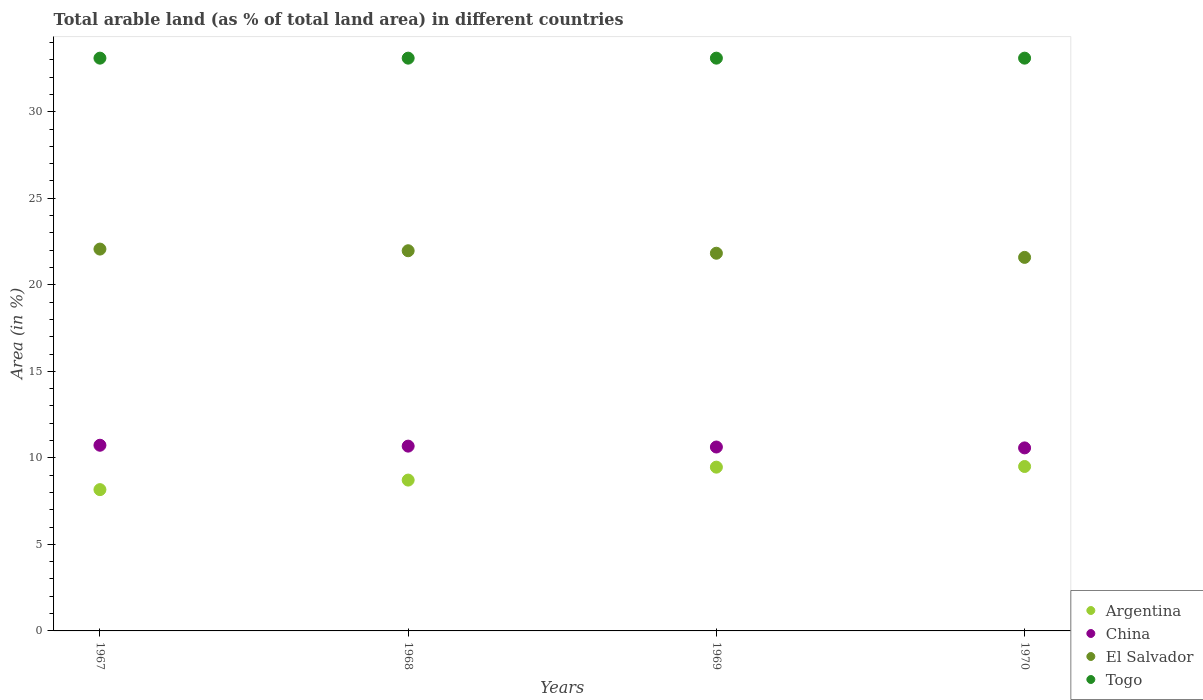
| Years | Argentina | China | El Salvador | Togo |
 | --- | --- | --- | --- | --- |
 | 1967 | 8.16 | 10.7 | 22.1 | 33.1 |
 | 1968 | 8.72 | 10.7 | 22 | 33.1 |
 | 1969 | 9.46 | 10.6 | 21.8 | 33.1 |
 | 1970 | 9.5 | 10.6 | 21.6 | 33.1 |